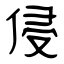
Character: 侵